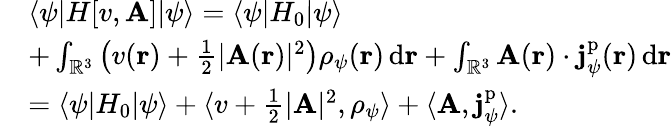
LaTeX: \begin{array}{rl}&{\langle\psi|H[v,\mathbf{A}]|\psi\rangle=\langle\psi|H_{0}|\psi\rangle}\\ &{+\int_{\mathbb R^{3}}\left(v(\mathbf{r})+\frac 12|\mathbf{A}(\mathbf{r})|^{2}\right)\rho_{\psi}(\mathbf{r})\, \mathrm{d}\mathbf{r}+\int_{\mathbb R^{3}}\mathbf{A}(\mathbf{r})\cdot\mathbf{j}_{\psi}^{\mathrm{p}}(\mathbf{r})\, \mathrm{d}\mathbf{r}}\\ &{=\langle\psi|H_{0}|\psi\rangle+\langle v+\frac 12|\mathbf{A}|^{2},\rho_{\psi}\rangle+\langle\mathbf{A},\mathbf{j}_{\psi}^{\mathrm{p}}\rangle.}\end{array}